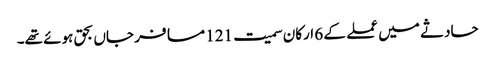
حادثے میں عملے کے 6 ارکان سمیت 121 مسافر جاں بحق ہوئے تھے۔